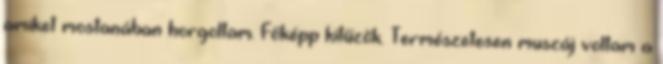
amiket mostanában horgoltam. Főképp kitűzők. Természetesen muszáj voltam a